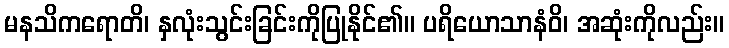
မနသိကရောတိ၊ နှလုံးသွင်းခြင်းကိုပြုနိုင်၏။ ပရိယောသာနံဝိ၊ အဆုံးကိုလည်း။